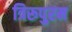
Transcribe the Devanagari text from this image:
त्रिरूपुरम